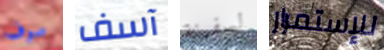
سوف آسف لسفينة للإستمرار